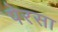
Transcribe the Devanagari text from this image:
पेरसा